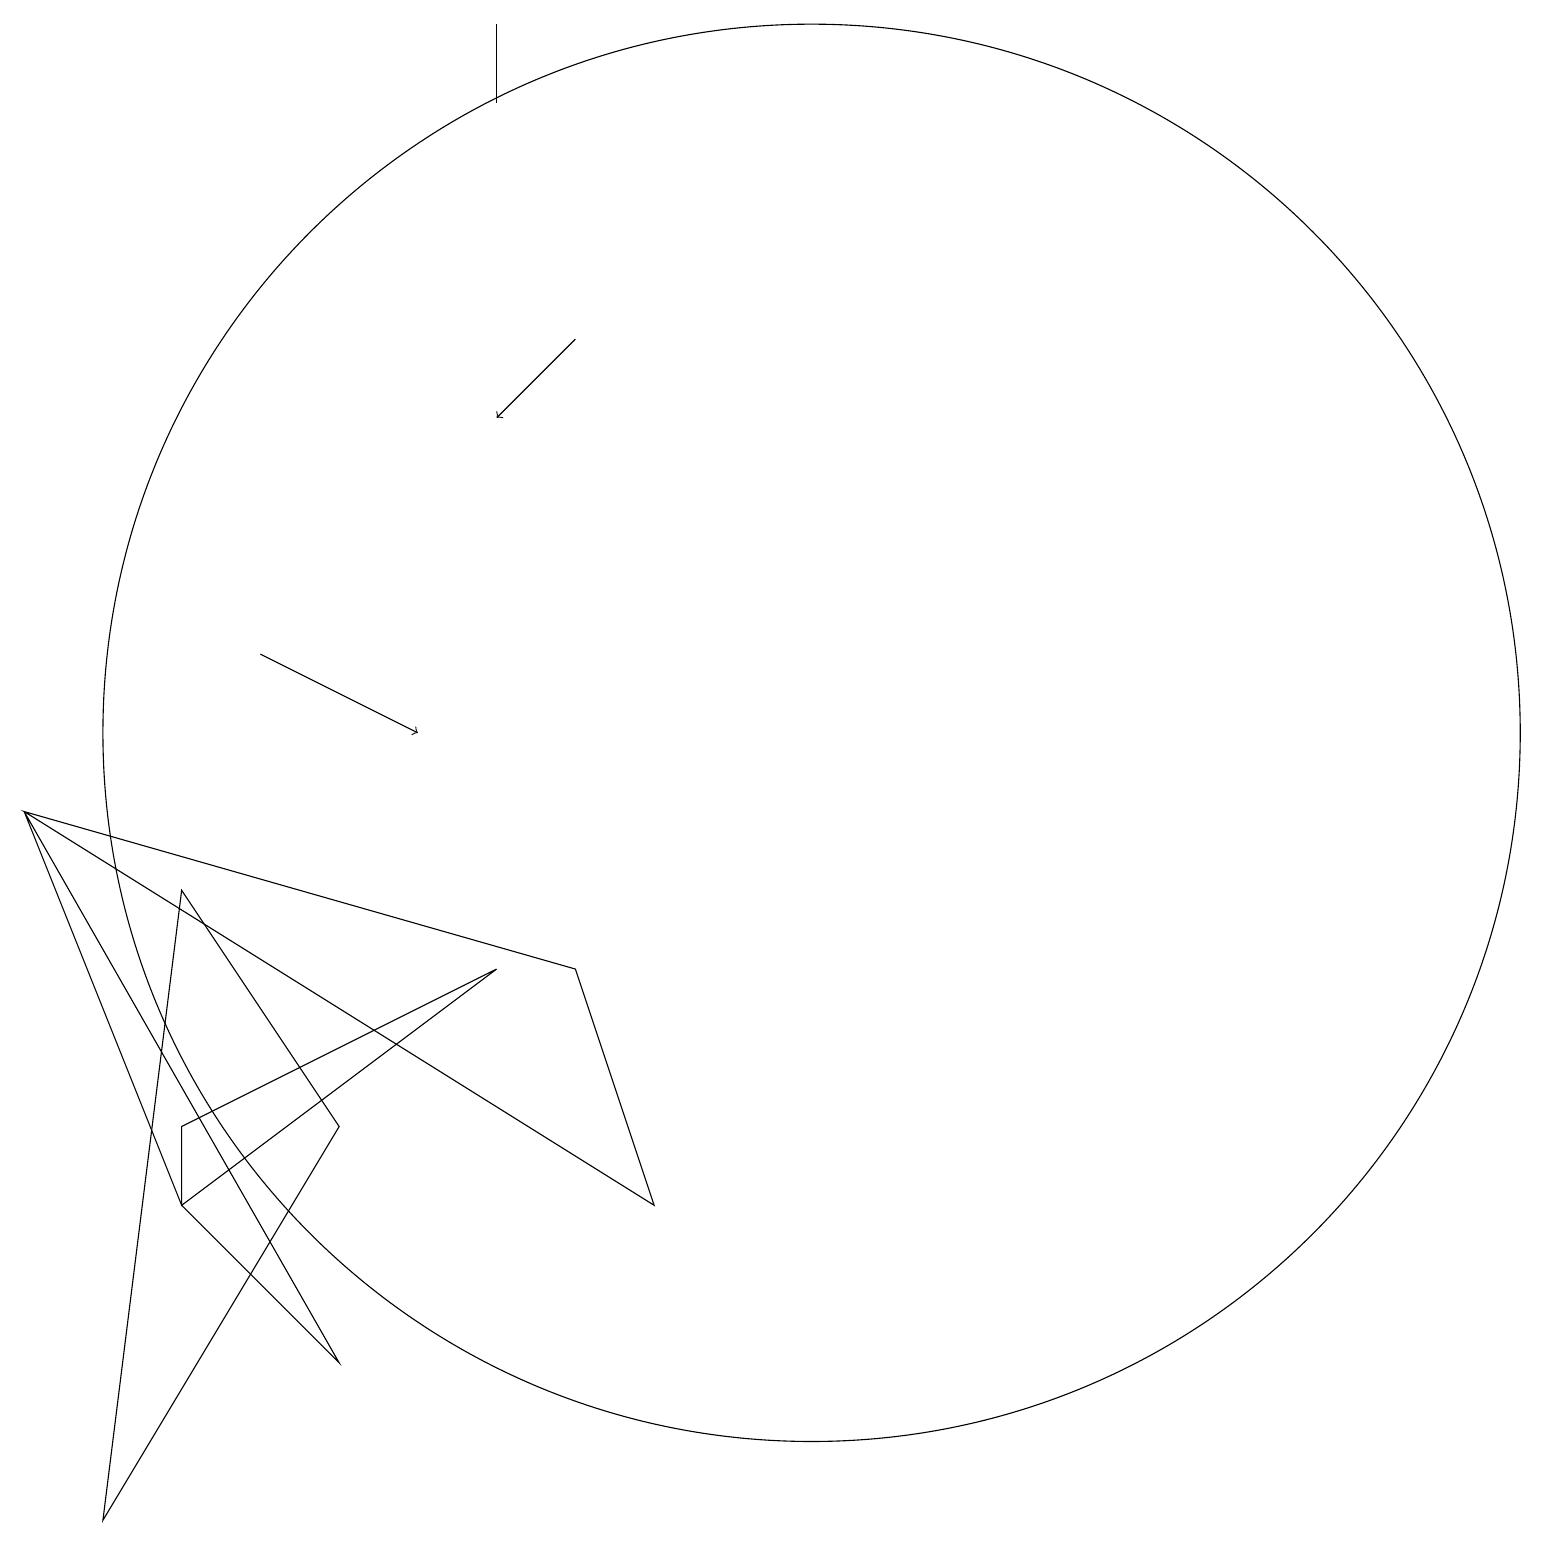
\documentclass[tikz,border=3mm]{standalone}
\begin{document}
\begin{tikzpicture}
\draw (6,7) -- (2,4) -- (2,5) -- cycle;
\draw (10,10) circle (9);
\draw (2,8) -- (4,5) -- (1,0) -- cycle;
\draw[->] (3,11) -- (5,10);
\draw[->] (7,15) -- (6,14);
\draw (0,9) -- (4,2) -- (2,4) -- cycle;
\draw (7,7) -- (8,4) -- (0,9) -- cycle;
\draw (6,18) rectangle (6,19);
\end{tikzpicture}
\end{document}